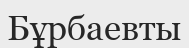
Бұрбаевты